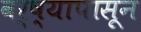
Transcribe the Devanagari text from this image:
वर्ष्यापासून